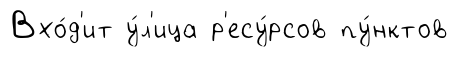
Вхо́д'ит у́л'ица р'есу́рсов пу́нктов